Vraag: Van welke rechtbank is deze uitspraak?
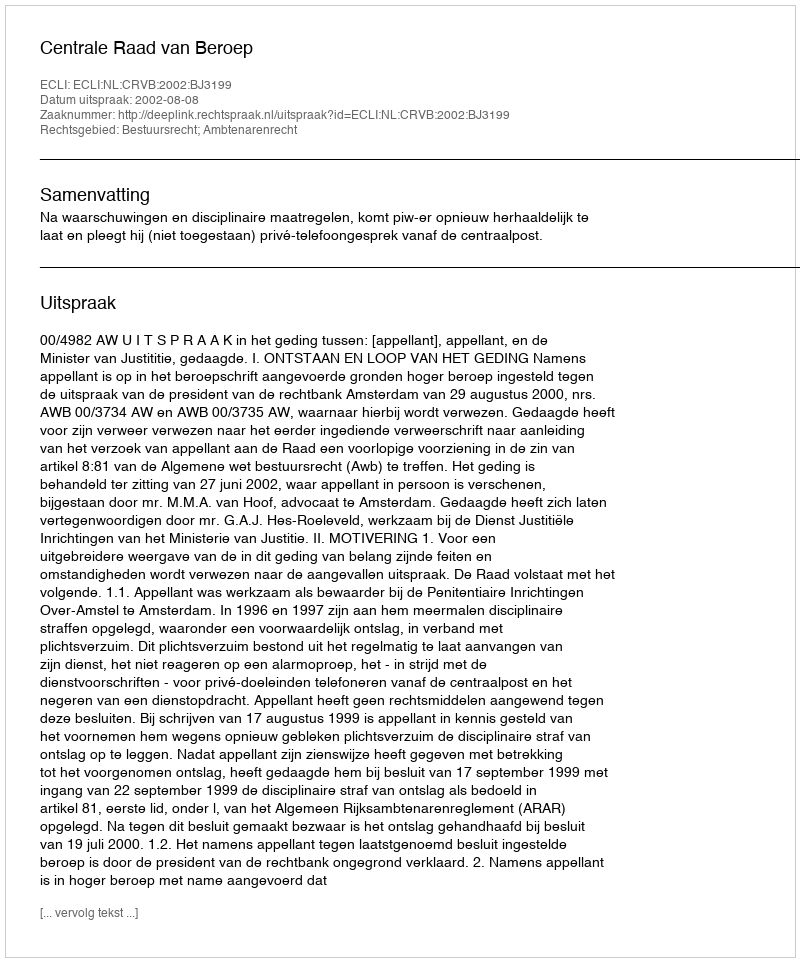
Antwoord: Centrale Raad van Beroep